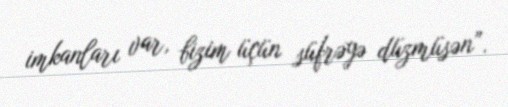
imkanları var, bizim üçün süfrəyə düzmüsən”.